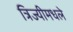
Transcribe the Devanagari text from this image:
त्रिज्यीमधले